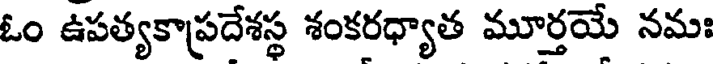
ఓం ఉపత్యకాప్రదేశస్థ శంకరధ్యాత మూర్తయే నమః